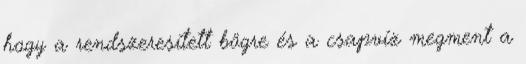
hogy a rendszeresített bögre és a csapvíz megment a